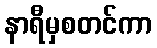
နာရီမှစတင်ကာ